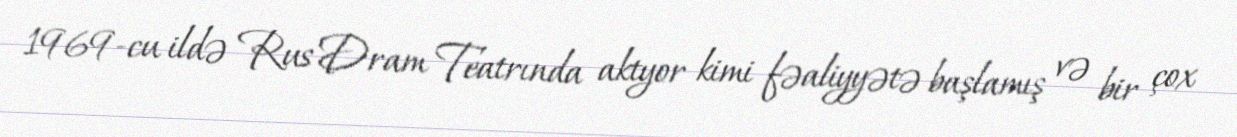
1969-cu ildə Rus Dram Teatrında aktyor kimi fəaliyyətə başlamış və bir çox